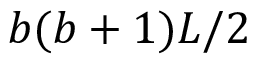
b ( b + 1 ) L / 2